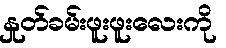
နှုတ်ခမ်းဖူးဖူးလေးကို